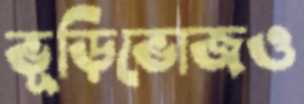
ভূড়িভোজও